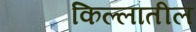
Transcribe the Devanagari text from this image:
किल्लातील